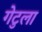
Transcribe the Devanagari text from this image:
गेटुला